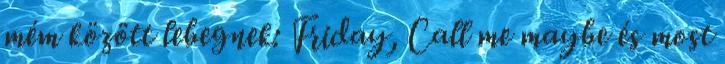
mém között lebegnek: Friday, Call me maybe és most